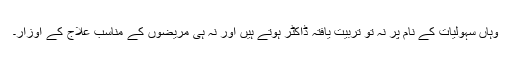
وہاں سہولیات کے نام پر نہ تو تربیت یافتہ ڈاکٹر ہوتے ہیں اَور نہ ہی مریضوں کے مناسب علاج کے اوزار۔